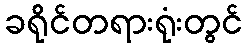
ခရိုင်တရားရုံးတွင်